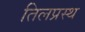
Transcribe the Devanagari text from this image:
तिलप्रस्थ